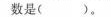
数是()。